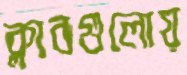
ক্লাবগুলোয়